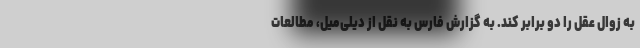
به زوال عقل را دو برابر کند. به گزارش فارس به نقل از دیلی‌میل، مطالعات